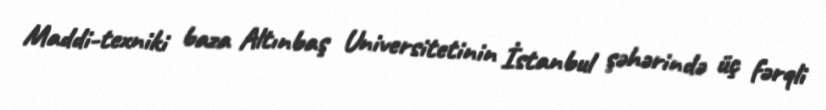
Maddi-texniki baza Altınbaş Universitetinin İstanbul şəhərində üç fərqli